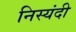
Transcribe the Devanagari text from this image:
निस्यंदी